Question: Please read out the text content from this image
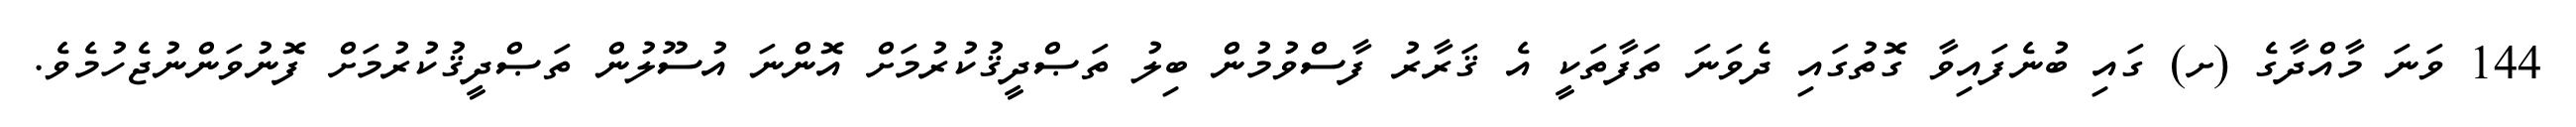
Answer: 144 ވަނަ މާއްދާގެ (ށ) ގައި ބުނެފައިވާ ގޮތުގައި ދެވަނަ ތަފާތަކީ އެ ޤަރާރު ފާސްވުމުން ބިލު ތަޞްދީޤުކުރުމަށް އޮންނަ އުސޫލުން ތަޞްދީޤުކުރުމަށް ފޮނުވަންނުޖެހުމެވެ.